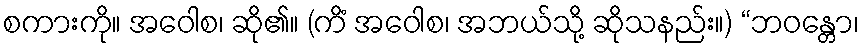
စကားကို။ အဝေါစ၊ ဆို၏။ (ကိံ အဝေါစ၊ အဘယ်သို့ ဆိုသနည်း။) “ဘဝန္တော၊